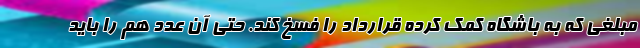
مبلغی که به باشگاه کمک کرده قرارداد را فسخ کند. حتی آن عدد هم را باید